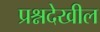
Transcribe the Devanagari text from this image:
प्रश्नदेखील